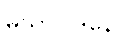
မုသာဝါဒိနော